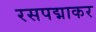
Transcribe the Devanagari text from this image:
रसपद्माकर